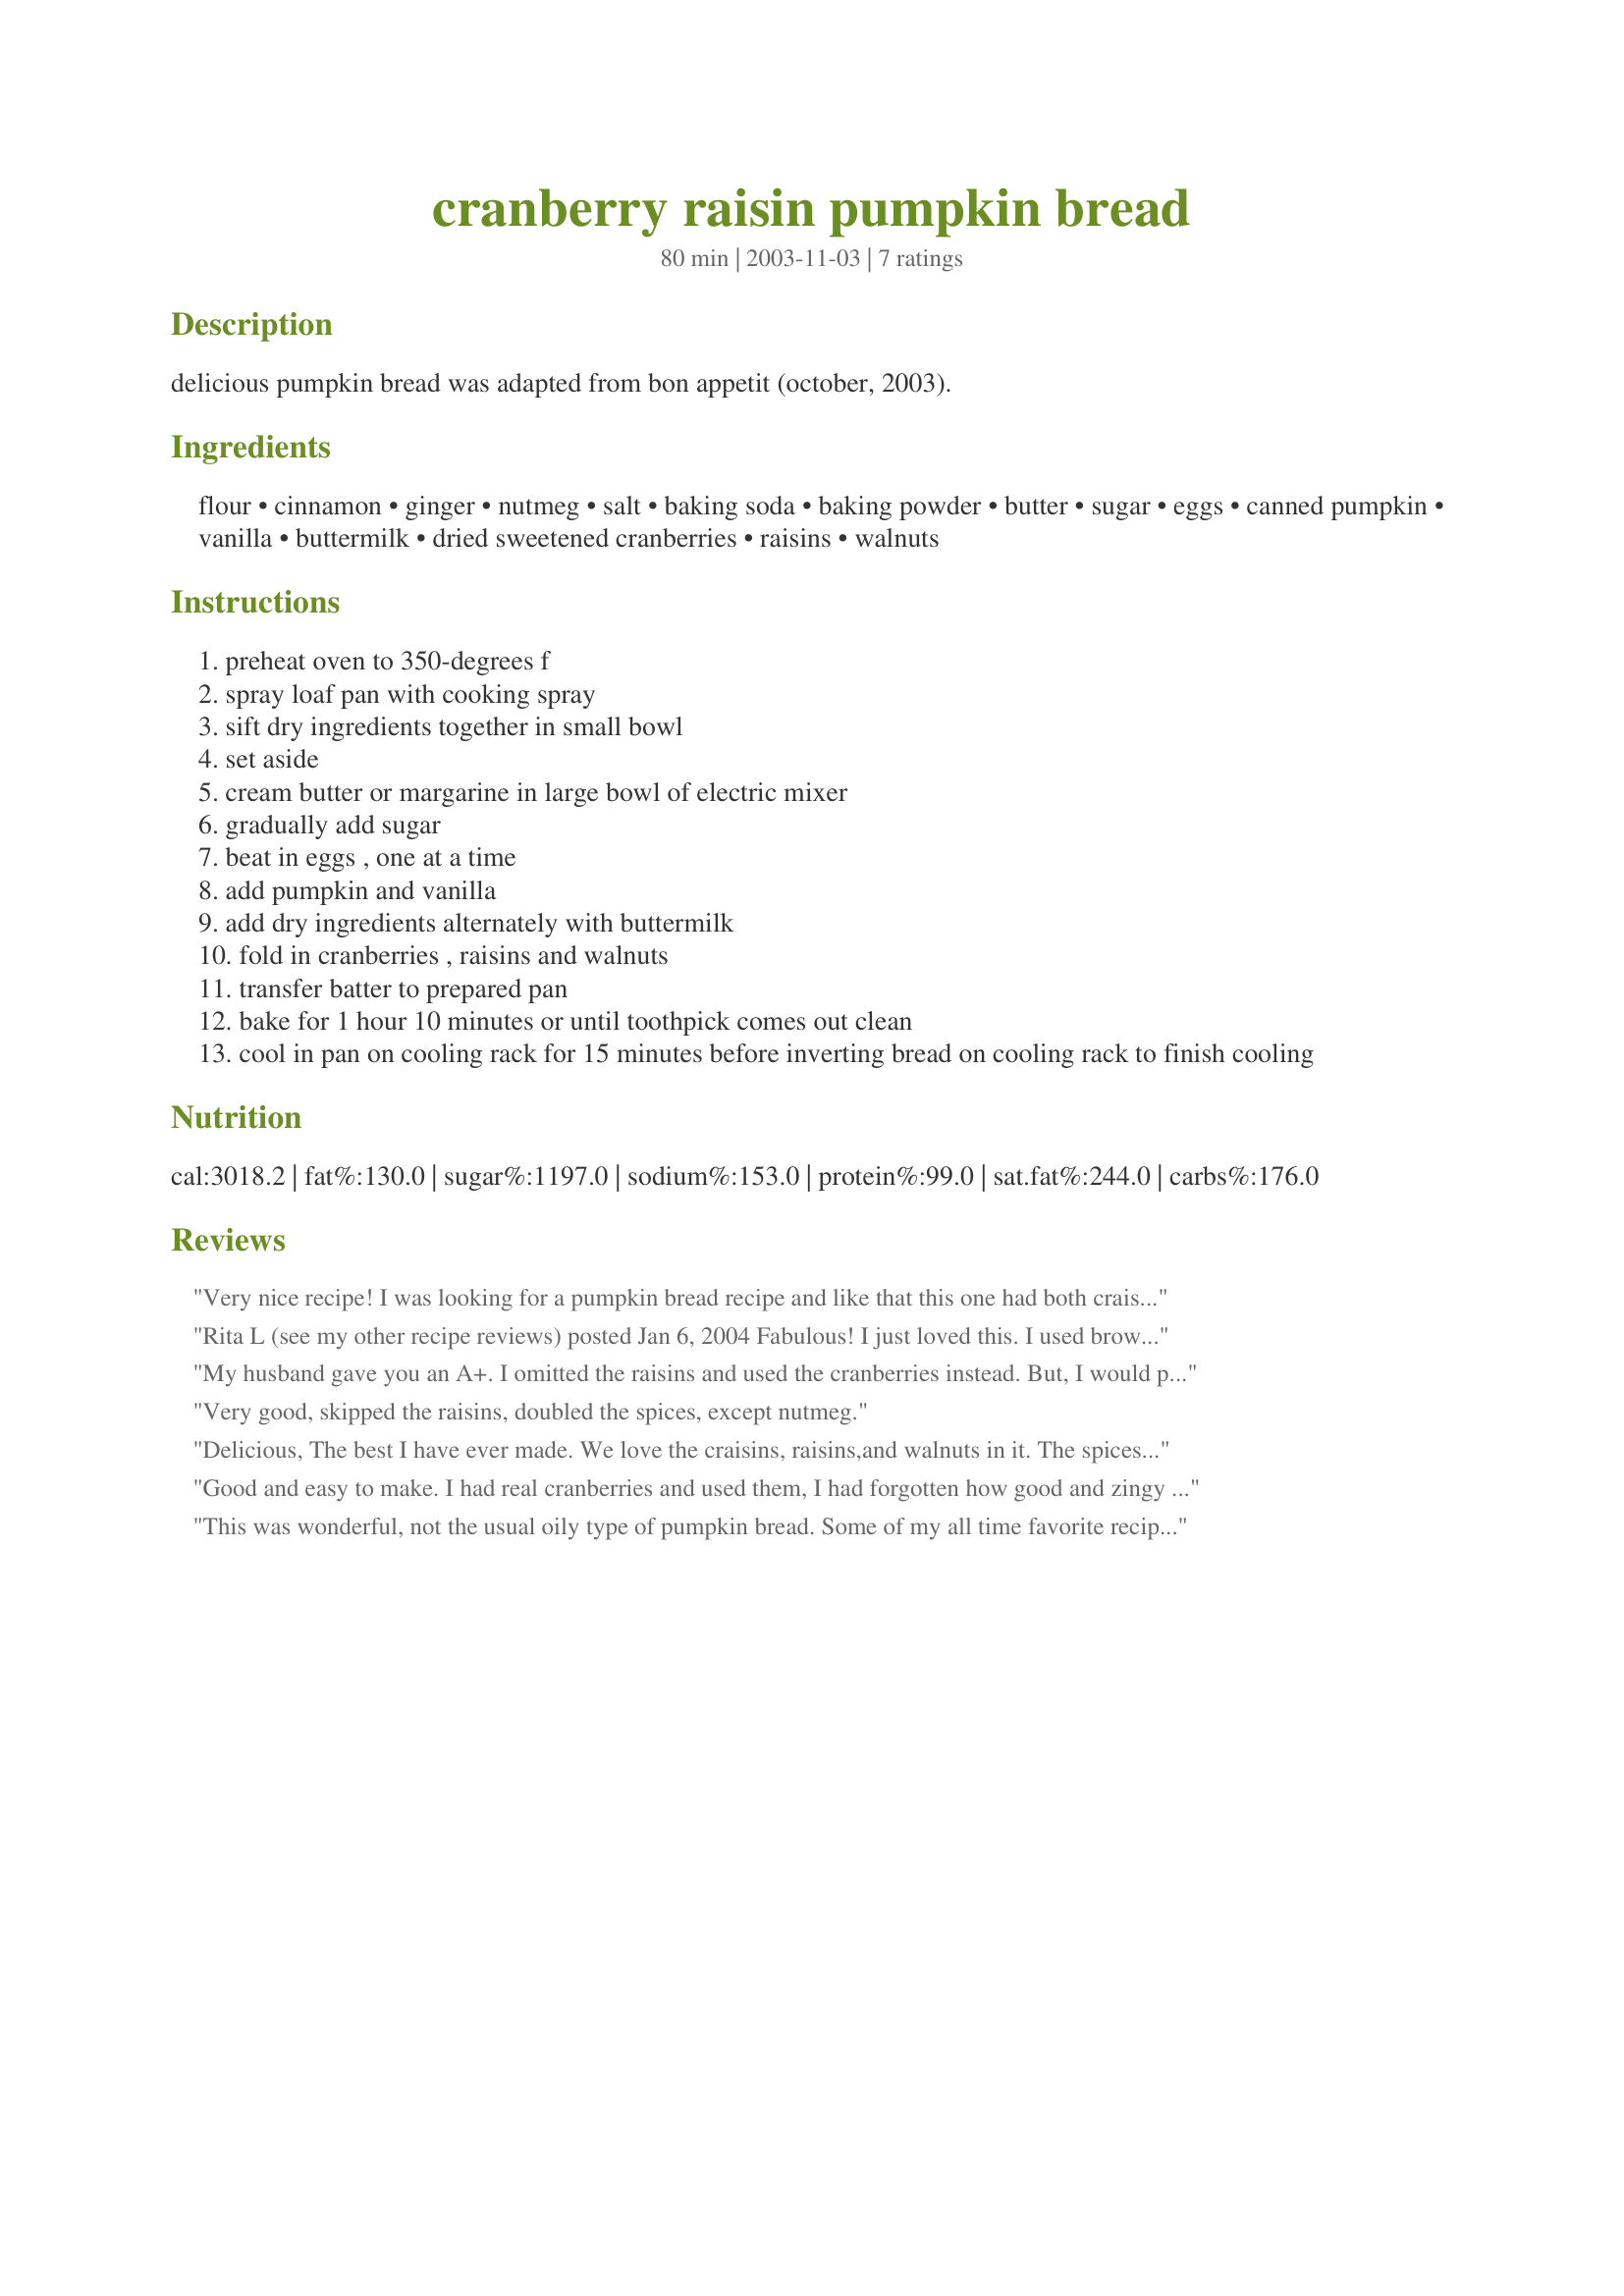
cranberry raisin pumpkin bread
Preparation time: 80 minutes

delicious pumpkin bread was adapted from bon appetit (october, 2003).

Ingredients:
flour, cinnamon, ginger, nutmeg, salt, baking soda, baking powder, butter, sugar, eggs, canned pumpkin, vanilla, buttermilk, dried sweetened cranberries, raisins, walnuts

Steps:
preheat oven to 350-degrees f
spray loaf pan with cooking spray
sift dry ingredients together in small bowl
set aside
cream butter or margarine in large bowl of electric mixer
gradually add sugar
beat in eggs , one at a time
add pumpkin and vanilla
add dry ingredients alternately with buttermilk
fold in cranberries , raisins and walnuts
transfer batter to prepared pan
bake for 1 hour 10 minutes or until toothpick comes out clean
cool in pan on cooling rack for 15 minutes before inverting bread on cooling rack to finish cooling

Reviews:
Very nice recipe! I was looking for a pumpkin bread recipe and like that this one had both craisins and raisins. I thought the spices are pretty mild. I made these in 2 small loaf pans instead of 1 larger.

 Rita L (see my other recipe reviews)
posted Jan 6, 2004

Fabulous! I just loved this. I used brown sugar, doubled the cinnamon and had frozen pureed baked butternut squash (in place of pumpkin)which which I defrosted and brought to room temperature before adding to butter and sugar mixture.I also used all cranraisins.Thanks for a great recipe.

My husband gave you an A+. I omitted the raisins and used the cranberries instead. But, I would prefer more of a pumpkin flavor. But, it was still a good recipe. Thanks.
Very good, skipped the raisins, doubled the spices, except nutmeg.
Delicious, The best I have ever made. We love the craisins, raisins,and walnuts in it. The spices espically the ginger makes it so yummy. It is easy to make, I think it will be great toasted. Thank you, Ellie for this delicious recipe. I will be making more before Thanksgiving.
Good and easy to make. I had real cranberries and used them, I had forgotten how good and zingy the are after using dried cranberries for the rest of the year. Pretty and everyone will like it. Keeps well too.
This was wonderful, not the usual oily type of pumpkin bread. Some of my all time favorite recipes are from Bom Appetit so it was a no-brainer that this was going to be great.
